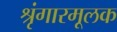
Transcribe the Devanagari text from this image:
श्रृंगारमूलक